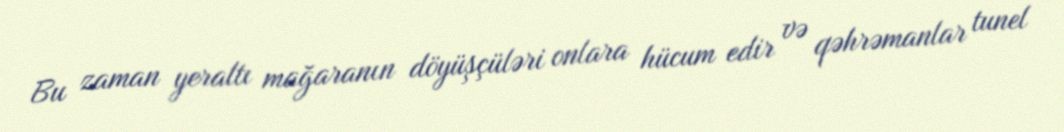
Bu zaman yeraltı mağaranın döyüşçüləri onlara hücum edir və qəhrəmanlar tunel